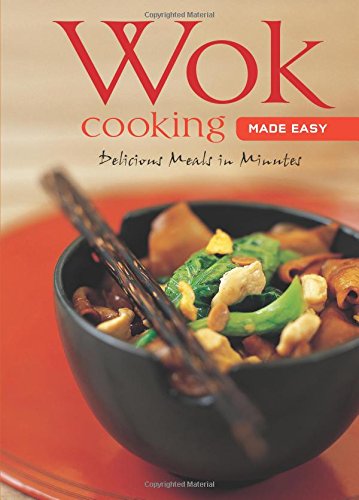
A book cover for Wok Cooking Made Easy: Delicious Meals in Minutes [Wok Cookbook, Over 60 Recipes] (Learn to Cook Series); Nongkran Daks; Cookbooks, Food & Wine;